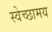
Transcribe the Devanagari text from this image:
स्वेच्छामय